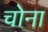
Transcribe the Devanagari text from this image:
चोना